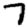
Digit: 7